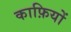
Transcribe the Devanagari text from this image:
काफ़ियों